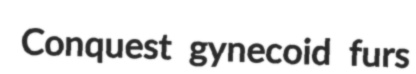
Conquest gynecoid furs